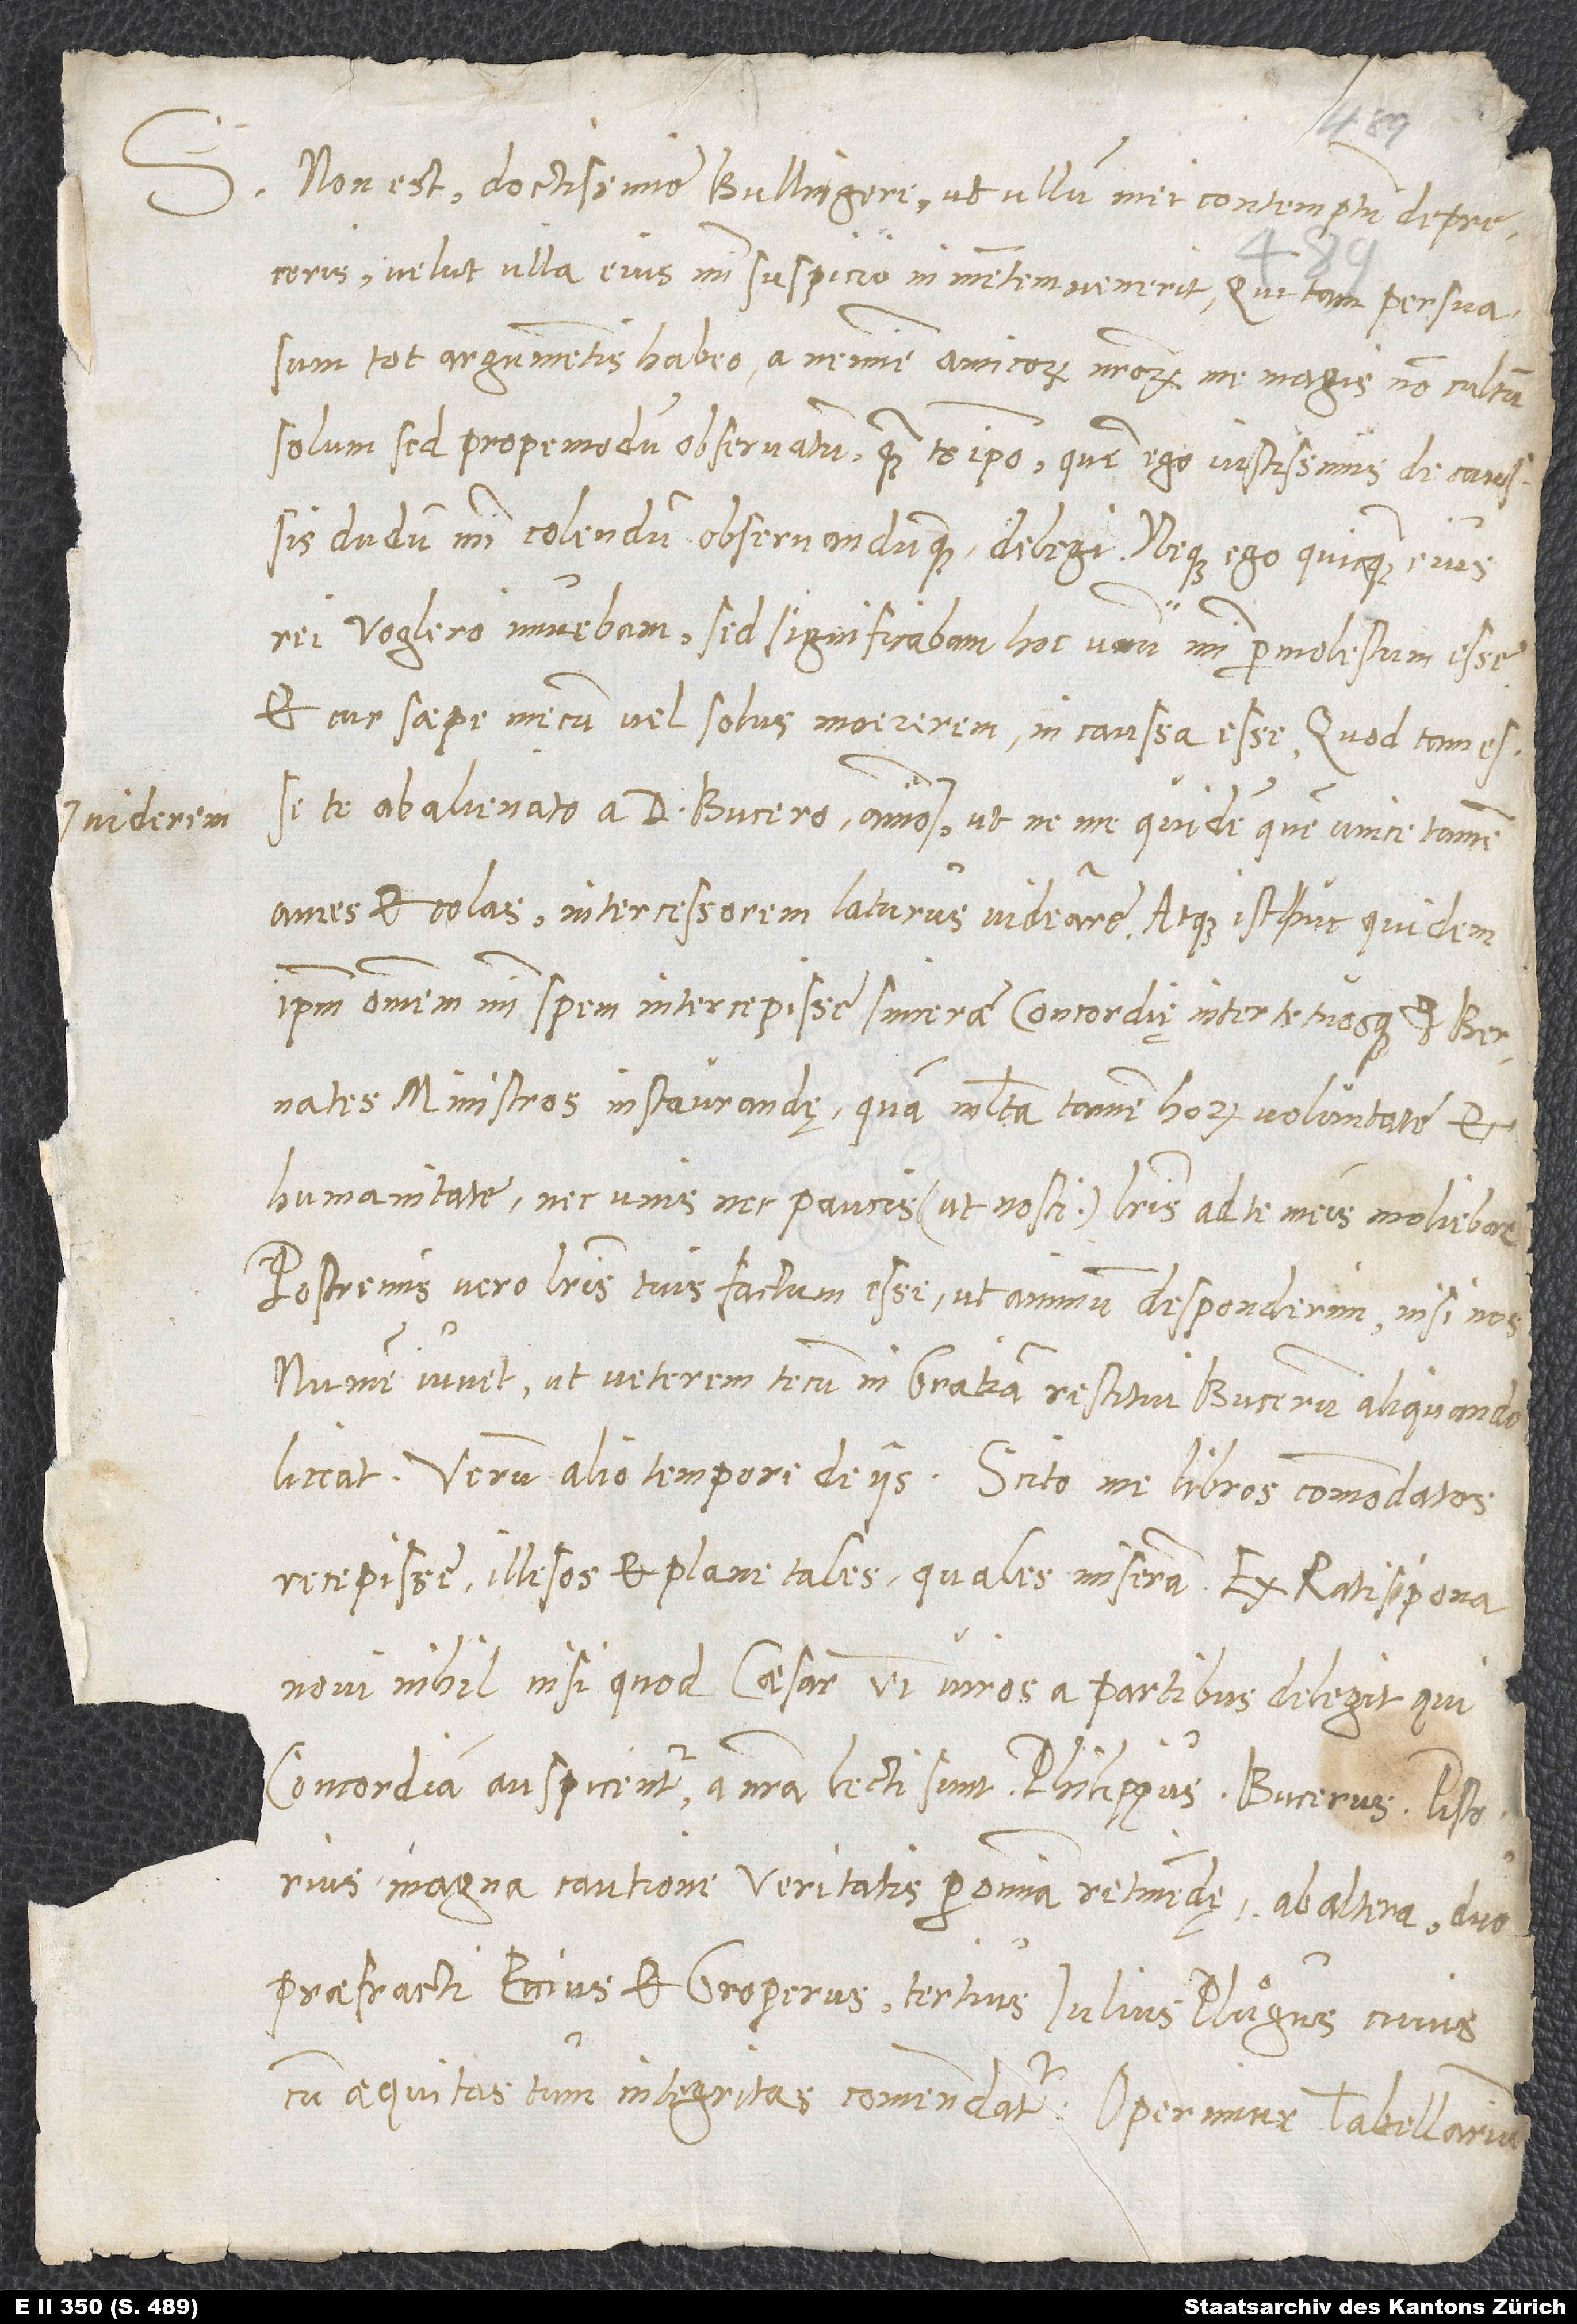
S. Non est, doctissime Bullingere, ut ullum mei contemptum depreceris,
velut ulla eius mihi suspicio in mentem venerit, qui tam persuasum
tot argumentis habeo, a nemine amicorum nostrorum me magis non cultum
solum, sed propemodum observatum, quam te ipso, quem ego iustissimis de caussis
dudum mihi colendum observandumque delegi. Neque ego quicquam eius
rei Voglero innuebam; sed significabam, hoc unum mihi permolestum esse
et, cur saepe mecum vel solus maererem, in caussa esse, quod tam esse
te abalienato a D. Bucero animo viderem, ut ne me quidem, quem unice tamen
ames et colas, intercessorem laturus videare, atque istuc quidem
ipsum omnem mihi spem intercepisse sincerae concordię inter te tuosque et Bernates
ministros instaurandę, quam multa tamen horum voluntate et
humanitate nec unis nec paucis (ut nosti) literis ad te meis moliebar;
postremis vero literis tuis factum esse, ut animum desponderim, nisi nos
numen iuvet, ut veterem tecum in gratiam restitui Bucerum aliquando
liceat. Verum alio tempore de iis. Scito, me libros commodatos
recepisse illaesos et plane tales, quales miseram. Ex Ratispona
novi nihil, nisi quod Caesar 6 viros a partibus delegit, qui
concordiam auspicentur. A nostra lecti sunt Philippus, Bucerus, Pistorius,
magna cautione veritatis per omnia retinendę, ab altera duo
praefracti Eccius et Groperus, tertius Iulius Pluͦgus, cuius
cum aequitas, tum integritas commendatur. Operimur tabellarium